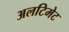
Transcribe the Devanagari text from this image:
अलटिमेट